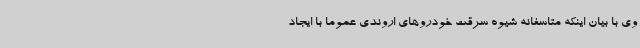
وی با بیان اینکه متاسفانه شیوه سرقت خودروهای اروندی عموما با ایجاد